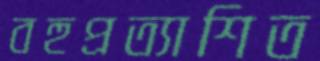
বহুপ্রত্যাশিত